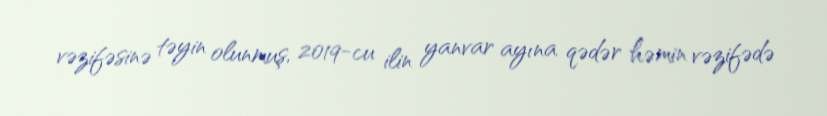
vəzifəsinə təyin olunmuş, 2019-cu ilin yanvar ayına qədər həmin vəzifədə